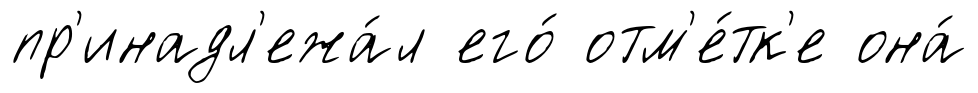
пр'инадл'ежа́л его́ отм'е́тк'е она́